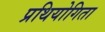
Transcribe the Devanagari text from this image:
प्रथियोगिता